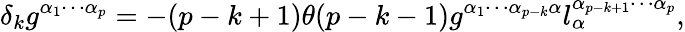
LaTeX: \delta_{k}g^{\alpha_{1}\cdots\alpha_{p}}=-(p-k+1)\theta(p-k-1)g^{\alpha_{1}\cdots\alpha_{p-k}\alpha}l_{\alpha}^{\alpha_{p-k+1}\cdots\alpha_{p}},